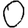
Digit: 0